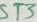
Text: ST3